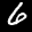
Label: 6